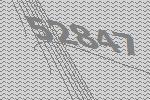
52847